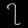
Digit: ၇